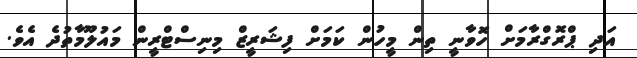
އަދި ޕްރޮގްރާމަށް ހޮވާނީ ތިން މީހުން ކަމަށް ފިޝަރީޒް މިނިސްޓްރީން މައުލޫމާތުދެ އެވެ.